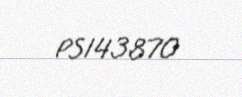
PS143870